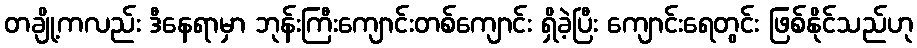
တချို့ကလည်း ဒီနေရာမှာ ဘုန်းကြီးကျောင်းတစ်ကျောင်း ရှိခဲ့ပြီး ကျောင်းရေတွင်း ဖြစ်နိုင်သည်ဟု